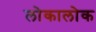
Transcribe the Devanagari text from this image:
लोकालोक